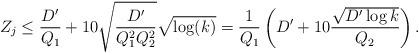
LaTeX: \begin{align*}Z_j \leq \frac{D'}{Q_1} + 10 \sqrt{\frac{D'}{Q_1^2Q_2^2}} \sqrt{\log(k)} = \frac{1}{Q_1}\left( D' + 10\frac{\sqrt{D' \log k}}{Q_2} \right).\end{align*}